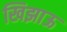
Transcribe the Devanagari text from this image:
खिझाऊ